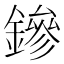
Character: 鏒